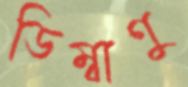
ডিম্বাণু